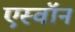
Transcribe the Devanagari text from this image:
एस्वॉन